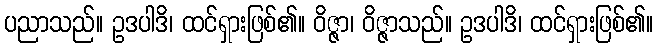
ပညာသည်။ ဥဒပါဒိ၊ ထင်ရှားဖြစ်၏။ ဝိဇ္ဇာ၊ ဝိဇ္ဇာသည်။ ဥဒပါဒိ၊ ထင်ရှားဖြစ်၏။